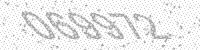
Solution: 069972